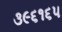
૩૯૬૧૬૫